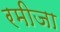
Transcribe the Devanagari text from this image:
रमीजा